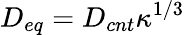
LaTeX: D_{eq}=D_{cnt}\kappa^{1/3}